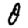
Digit: 0